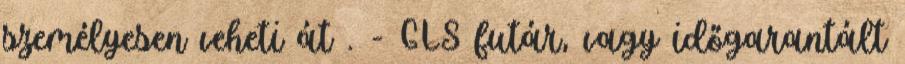
személyesen veheti át . - GLS futár, vagy időgarantált